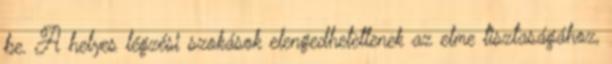
be. A helyes légzési szokások elengedhetetlenek az elme tisztaságához,